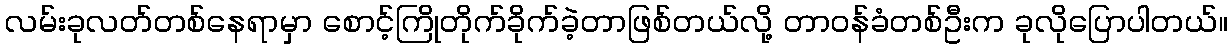
လမ်းခုလတ်တစ်နေရာမှာ စောင့်ကြိုတိုက်ခိုက်ခဲ့တာဖြစ်တယ်လို့ တာဝန်ခံတစ်ဦးက ခုလိုပြောပါတယ်။